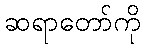
ဆရာတော်ကို